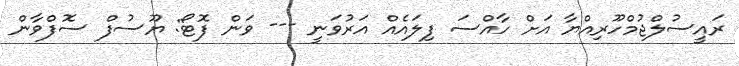
ރައީސުލްޖުމްހޫރިއްޔާ އަށް ހާއްސަ ފިލައެއް އަރުވަނީ --- ވަން ފޮޓޯ: ޔޫސުފް ސޮފްވާން